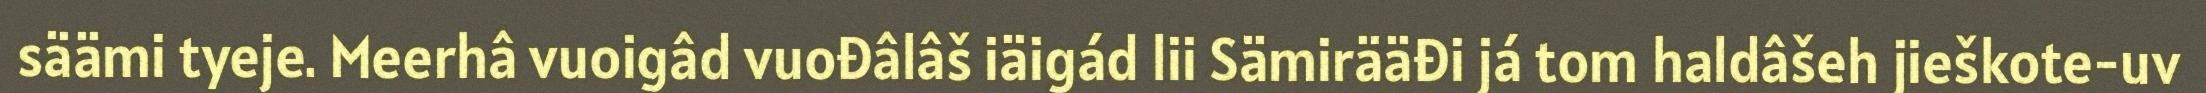
säämi tyeje. Meerhâ vuoigâd vuođâlâš iäigád lii Sämirääđi já tom haldâšeh jieškote-uv